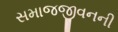
સમાજજીવનની